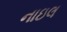
નાઇલ